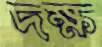
দক্ষ